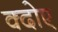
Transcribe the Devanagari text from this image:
क्दोए